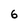
Character: 6